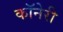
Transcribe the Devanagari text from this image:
कॉनेरी